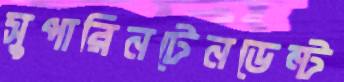
সুপারিনটেনডেন্ট